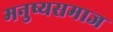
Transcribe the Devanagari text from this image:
मनुष्यसमाज